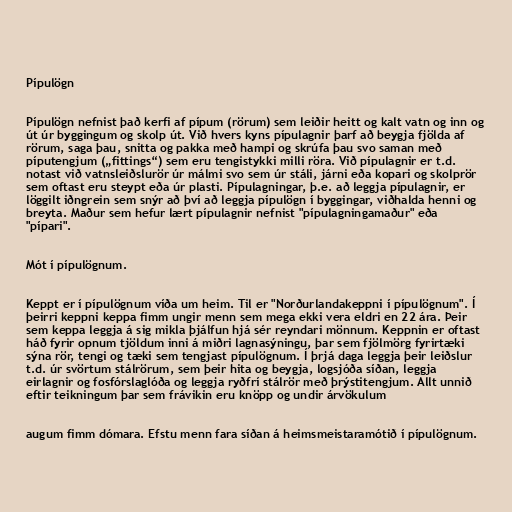
Pípulögn

Pípulögn nefnist það kerfi af pípum (rörum) sem leiðir heitt og kalt vatn og inn og
út úr byggingum og skolp út. Við hvers kyns pípulagnir þarf að beygja fjölda af
rörum, saga þau, snitta og pakka með hampi og skrúfa þau svo saman með
píputengjum („fittings“) sem eru tengistykki milli röra. Við pípulagnir er t.d.
notast við vatnsleiðslurör úr málmi svo sem úr stáli, járni eða kopari og skolprör
sem oftast eru steypt eða úr plasti. Pípulagningar, þ.e. að leggja pípulagnir, er
löggilt iðngrein sem snýr að því að leggja pípulögn í byggingar, viðhalda henni og
breyta. Maður sem hefur lært pípulagnir nefnist "pípulagningamaður" eða
"pípari".

Mót í pípulögnum.

Keppt er í pípulögnum víða um heim. Til er "Norðurlandakeppni í pípulögnum". Í
þeirri keppni keppa fimm ungir menn sem mega ekki vera eldri en 22 ára. Þeir
sem keppa leggja á sig mikla þjálfun hjá sér reyndari mönnum. Keppnin er oftast
háð fyrir opnum tjöldum inni á miðri lagnasýningu, þar sem fjölmörg fyrirtæki
sýna rör, tengi og tæki sem tengjast pípulögnum. Í þrjá daga leggja þeir leiðslur
t.d. úr svörtum stálrörum, sem þeir hita og beygja, logsjóða síðan, leggja
eirlagnir og fosfórslaglóða og leggja ryðfrí stálrör með þrýstitengjum. Allt unnið
eftir teikningum þar sem frávikin eru knöpp og undir árvökulum

augum fimm dómara. Efstu menn fara síðan á heimsmeistaramótið í pípulögnum.